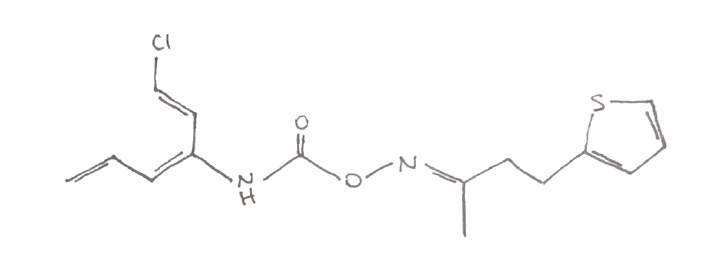
Simplified molecular-input line-entry system (SMILES) notation of the given molecule:
C/C(=N\OC(=O)N/C(=C/C=C)/C=C/Cl)/CCC1=CC=CS1